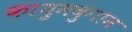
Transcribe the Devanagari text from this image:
कायुमवुंगान